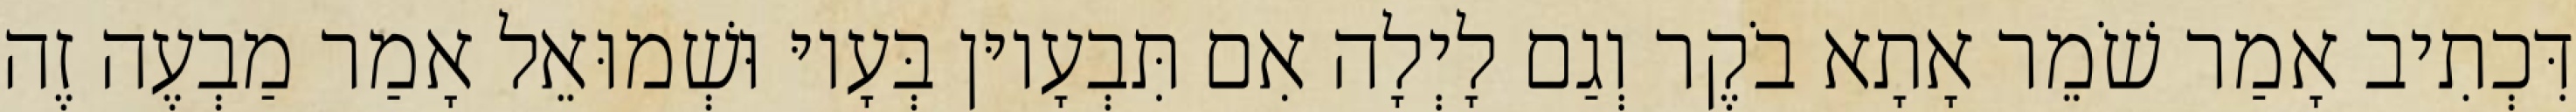
דִּכְתִיב אָמַר שֹׁמֵר אָתָא בֹקֶר וְגַם לָיְלָה אִם תִּבְעָיוּן בְּעָיוּ וּשְׁמוּאֵל אָמַר מַבְעֶה זֶה